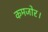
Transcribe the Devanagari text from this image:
कमजोर।